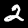
Label: 2